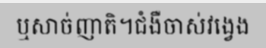
ឬសាច់ញាតិ។ជំងឺចាស់វង្វេង